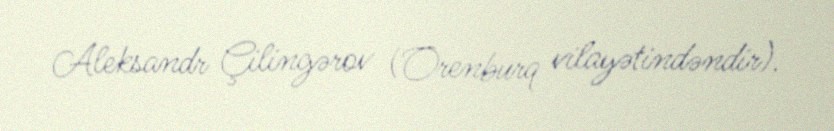
Aleksandr Çilingərov (Orenburq vilayətindəndir).